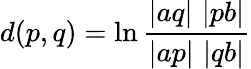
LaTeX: d(p,q)=\ln{\frac{\left|aq\right|\, \left|pb\right|}{\left|ap\right|\, \left|qb\right|}}